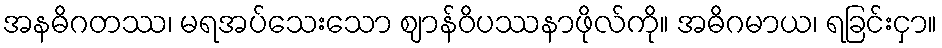
အနဓိဂတဿ၊ မရအပ်သေးသော ဈာန်ဝိပဿနာဖိုလ်ကို။ အဓိဂမာယ၊ ရခြင်းငှာ။